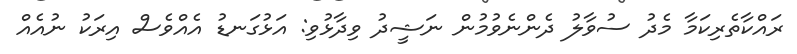
ރައްކާތެރިކަމާ މެދު ސުވާލު ދެންނެވުމުން ނަޝީދު ވިދާޅުވި: އަޅުގަނޑު އެއްވެސް އިރަކު ނުއެއް